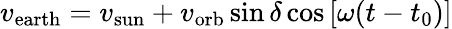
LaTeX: v_{\mathrm{earth}}=v_{\mathrm{sun}}+v_{\mathrm{orb}}\sin\delta\cos\left[\omega(t-t_{0})\right]